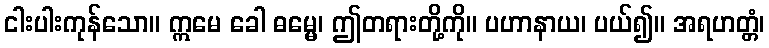
ငါးပါးကုန်သော။ ဣမေ ခေါ ဓမ္မေ၊ ဤတရားတို့ကို။ ပဟာနာယ၊ ပယ်၍။ အရဟတ္တံ၊